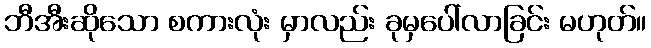
ဘီအီးဆိုသော စကားလုံး မှာလည်း ခုမှပေါ်လာခြင်း မဟုတ်။